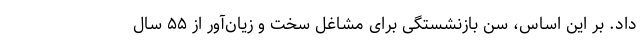
داد. بر این اساس، سن بازنشستگی برای مشاغل سخت و زیان‌آور از ۵۵ سال